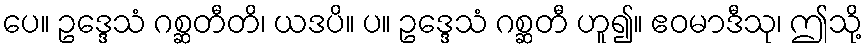
ပေ။ ဥဒ္ဒေသံ ဂစ္ဆတီတိ၊ ယဒပိ။ ပ။ ဥဒ္ဒေသံ ဂစ္ဆတီ ဟူ၍။ ဧဝမာဒီသု၊ ဤသို့